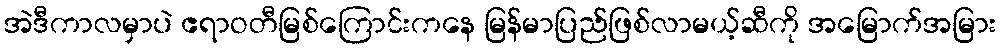
အဲဒီကာလမှာပဲ ဧရာဝတီမြစ်ကြောင်းကနေ မြန်မာပြည်ဖြစ်လာမယ့်ဆီကို အမြောက်အမြား